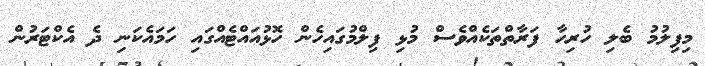
މިފިލުމު ބެލި ހުރިހާ ފަރާތްތަކެއްވެސް މުޅި ފިލްމުގައިހެން ހޮޅުއައްޓެއްގައި ހަމައެކަނި ދެ އެކްޓަރުން